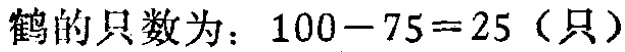
鹤的只数为：\(100 - 75 = 25\)（只）